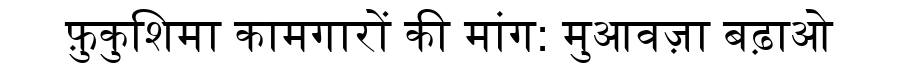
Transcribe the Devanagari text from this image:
फ़ुकुशिमा कामगारों की मांग: मुआवज़ा बढ़ाओ